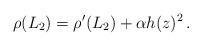
LaTeX: \begin{align*}\rho(L_2)= \rho'(L_2)+ \alpha h(z)^2\, .\end{align*}